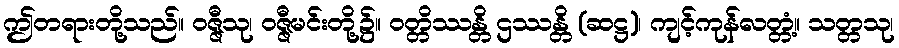
ဤတရားတို့သည်။ ဝဇ္ဇီသု၊ ဝဇ္ဇီမင်းတို့၌။ ဝတ္တိဿန္တိ ဌဿန္တိ (ဆဋ္ဌ)၊ ကျင့်ကုန်လတ္တံ့။ သတ္တသု၊